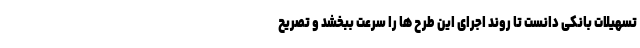
تسهیلات بانکی دانست تا روند اجرای این طرح ها را سرعت ببخشد و تصریح